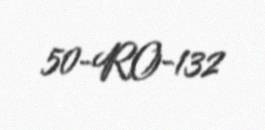
50-RO-132